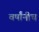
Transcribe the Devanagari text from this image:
वर्षांनीच